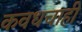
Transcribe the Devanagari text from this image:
कवधचाही